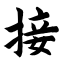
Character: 接